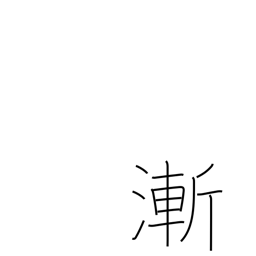
Meaning: barely